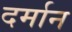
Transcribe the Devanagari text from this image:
दर्मान